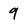
Character: 9